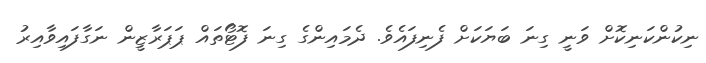
ނިކުންކަނިކޮށް ވަނީ ގިނަ ބަޔަކަށް ފެނިފައެވެ. ދެމައިންގެ ގިނަ ފޮޓޯތައް ޕަޕަރާޒީން ނަގާފައިވާއިރު